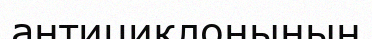
антициклонының